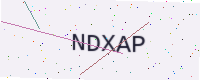
Text: NDXAP